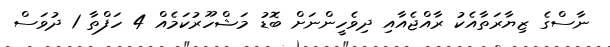
ނާސްގެ ޒިޔާރަތާއެކު ރާއްޖެއާއި ދިވެހީންނަށް ބޮޑު މަޝްހޫރުކަމެއް 4 ހަފްތާ 1 ދުވަސް